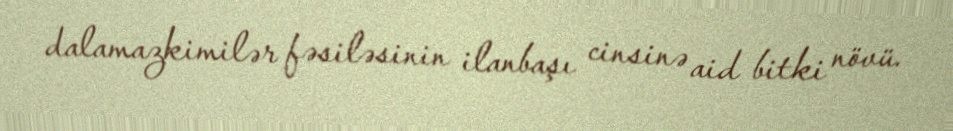
dalamazkimilər fəsiləsinin i̇lanbaşı cinsinə aid bitki növü.